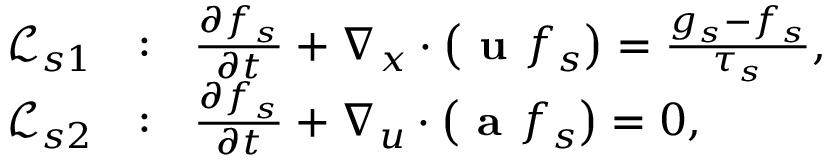
\begin{array} { r l } { \mathcal { L } _ { s 1 } } & { : ~ ~ \frac { \partial f _ { s } } { \partial t } + \nabla _ { x } \cdot \left( \textbf { u } f _ { s } \right) = \frac { g _ { s } - f _ { s } } { \tau _ { s } } , } \\ { \mathcal { L } _ { s 2 } } & { : ~ ~ \frac { \partial f _ { s } } { \partial t } + \nabla _ { u } \cdot \left( \textbf { a } f _ { s } \right) = 0 , } \end{array}